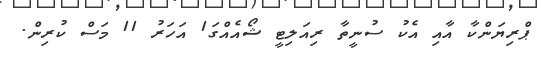
ޕްރިޔަންކާ އާއި އެކު ސުނީތާ ރިއަލިޓީ ޝޯއެއްގަ1 އަހަރު 11 މަސް ކުރިން.